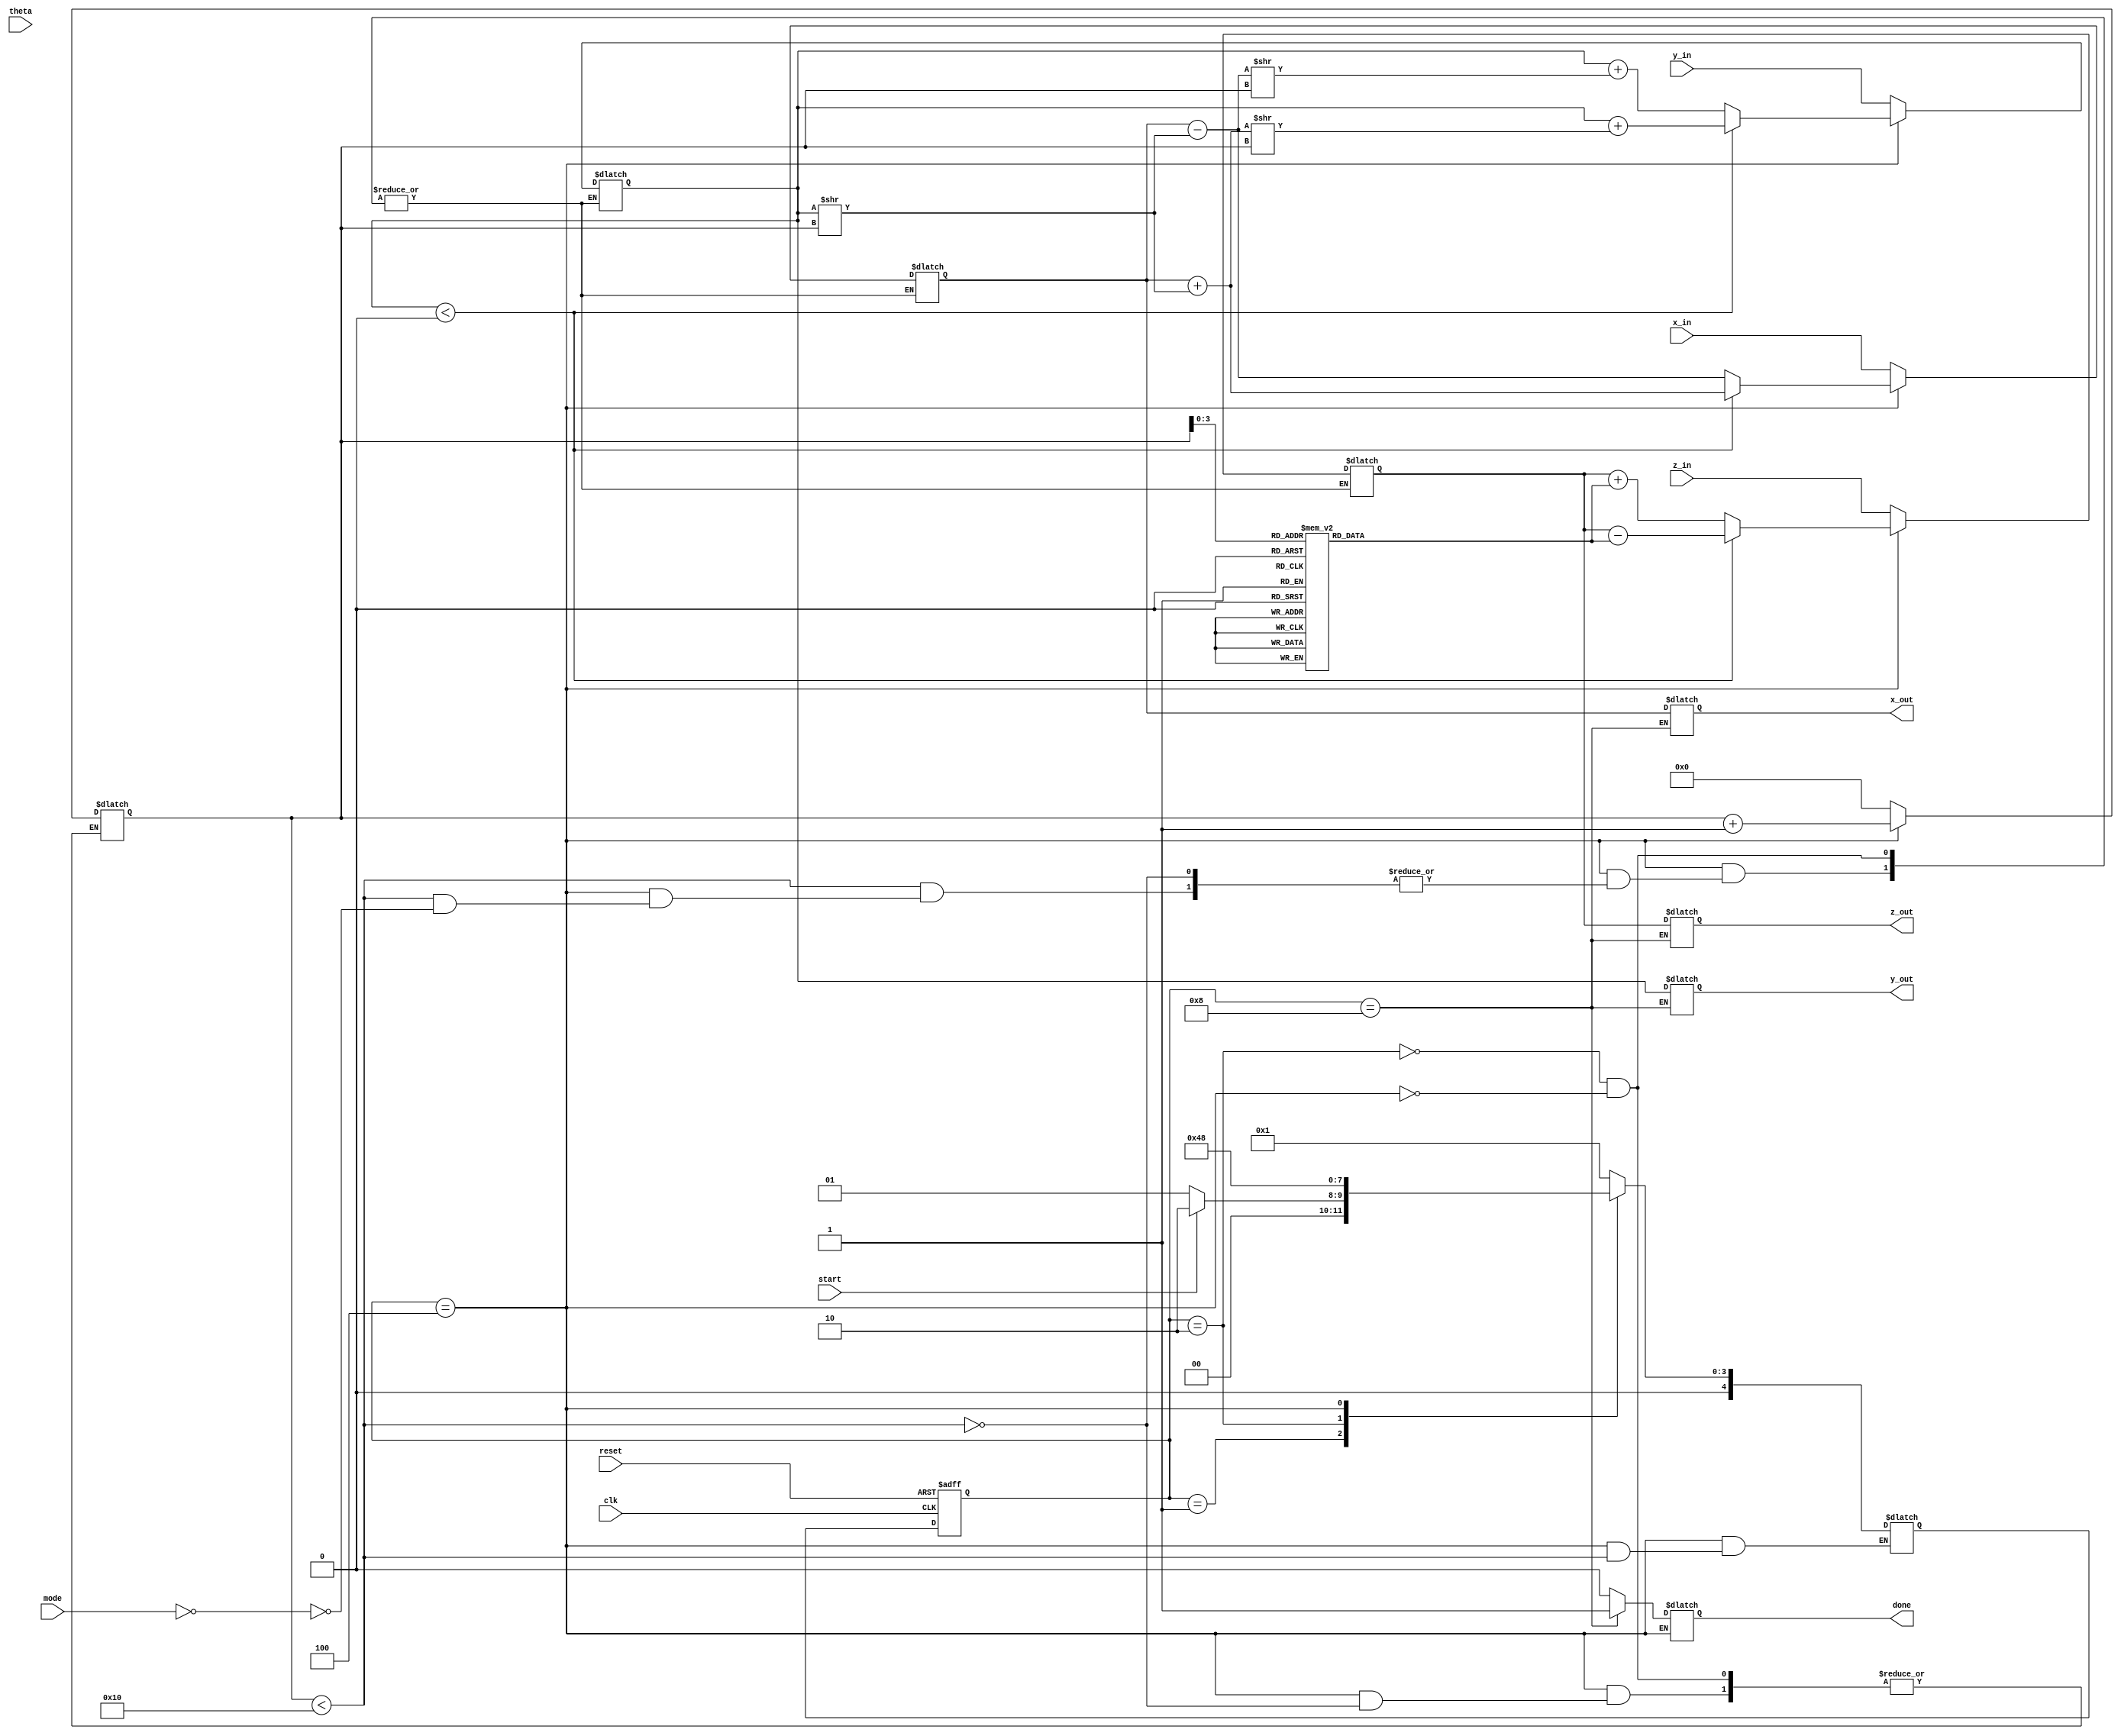
module unified_cordic #(
    parameter N = 16, // Width of input and output data
    parameter ITERATIONS = 16 // Number of CORDIC iterations
) (
    input wire [N-1:0] theta,     // Angle input in radians
    input wire [N-1:0] x_in,       // Initial x-coordinate
    input wire [N-1:0] y_in,       // Initial y-coordinate
    input wire [N-1:0] z_in,       // Additional input for hyperbolic functions
    input wire [1:0] mode,         // Operation mode (0 = rotation, 1 = vectoring, 2 = hyperbolic)
    input wire start,               // Start signal
    input wire clk,                 // Clock
    input wire reset,               // Asynchronous reset

    output reg [N-1:0] x_out,      // Computed x-coordinate
    output reg [N-1:0] y_out,      // Computed y-coordinate
    output reg [N-1:0] z_out,      // Computed value for hyperbolic functions
    output reg done                 // Completion signal
);

    // Internal registers
    reg [N-1:0] x, y, z;
    reg [4:0] state, next_state;
    reg [4:0] i; // Iteration counter

    // States for FSM
    localparam IDLE      = 5'b00001;
    localparam INIT      = 5'b00010;
    localparam COMPUTE   = 5'b00100;
    localparam COMPLETE   = 5'b01000;

    // Angle lookup table for CORDIC
    reg [N-1:0] angle_table [0:ITERATIONS-1];

    initial begin
        // Initialize angle Table (Radians) for 0, 45, 26.565, etc.
        angle_table[0] = 16'h1FFF;  // Placeholder values for angle increments in Q15 format
        angle_table[1] = 16'h1FFF;  
        angle_table[2] = 16'h1FFF;  
        // ... Populate other values ...
    end

    // State transition
    always @(posedge clk or posedge reset) begin
        if (reset) begin
            state <= IDLE;
        end else begin
            state <= next_state;
        end
    end

    // Next state and output logic
    always @(*) begin
        case (state)
            IDLE: begin
                if (start) begin
                    next_state = INIT;
                end else begin
                    next_state = IDLE;
                end
                done = 0;
            end

            INIT: begin
                x = x_in;
                y = y_in;
                z = z_in;
                i = 0;
                next_state = COMPUTE;
                done = 0;
            end

            COMPUTE: begin
                if (i < ITERATIONS) begin
                    case (mode)
                        2'b00: begin // Rotation Mode
                            // CORDIC rotation computation
                            if (y < 0) begin
                                x = x + (y >> i);
                                y = y + (x >> i);
                                z = z - angle_table[i];
                            end else begin
                                x = x - (y >> i);
                                y = y + (x >> i);
                                z = z + angle_table[i];
                            end
                        end
                        2'b01: begin // Vectoring Mode
                            // CORDIC vectoring computation (not implemented)
                        end
                        2'b10: begin // Hyperbolic Mode
                            // CORDIC hyperbolic computation (not implemented)
                        end
                    endcase
                    i = i + 1;
                end else begin
                    next_state = COMPLETE;
                end
            end

            COMPLETE: begin
                x_out = x;
                y_out = y;
                z_out = z; // Provide the z value accordingly
                done = 1;
                next_state = IDLE;
            end

            default: begin
                next_state = IDLE;
                done = 0;
            end
        endcase
    end

endmodule